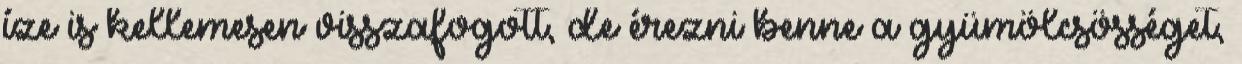
íze is kellemesen visszafogott, de érezni benne a gyümölcsösséget,